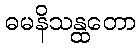
ဓမနိသန္ထတော